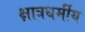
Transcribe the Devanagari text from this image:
क्षात्रधर्मीय